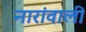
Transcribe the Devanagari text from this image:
नारांवाली